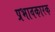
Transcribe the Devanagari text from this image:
प्रभावकारक